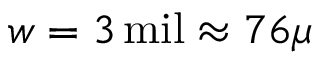
w = 3 \, \mathrm { m i l } \approx 7 6 \mu